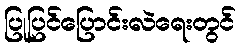
ပြုပြင်ပြောင်းလဲရေးတွင်